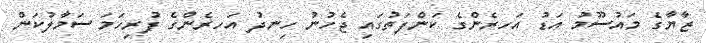
ޒާޔާގެ މައުސޫމު އަޑު އަހރެންގެ ކަންފަތުގައި ޖެހުނު ހިނދު އަހރެންގެ ފުރިހަމަ ސަމާލުކަން